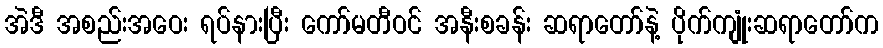
အဲဒီ အစည်းအဝေး ရပ်နားပြီး ကော်မတီဝင် အနီးစခန်း ဆရာတော်နဲ့ ပိုက်ကျုံးဆရာတော်က